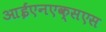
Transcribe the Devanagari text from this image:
आईएनएक्सएस